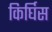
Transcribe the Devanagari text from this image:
किर्घिस